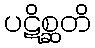
ပဋိစ္ဆတိ